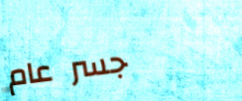
جسر عام